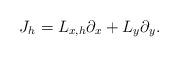
LaTeX: \begin{align*}J_h = L_{x,h}\partial_x + L_y\partial_y.\end{align*}